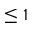
\leq 1